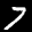
Label: 7